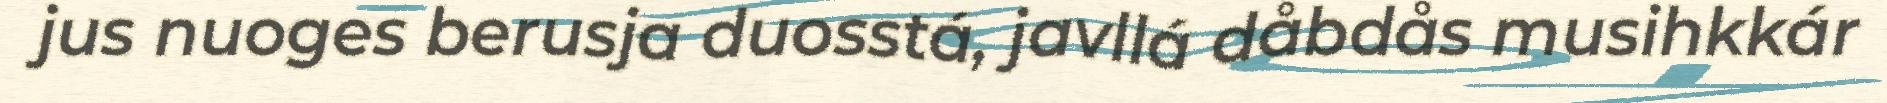
jus nuoges berusja duosstá, javllá dåbdås musihkkár